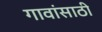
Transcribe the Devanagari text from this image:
गावांसाठी